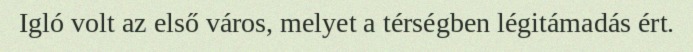
Igló volt az első város, melyet a térségben légitámadás ért.